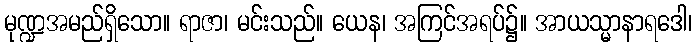
မုဏ္ဍအမည်ရှိသော။ ရာဇာ၊ မင်းသည်။ ယေန၊ အကြင်အရပ်၌။ အာယသ္မာနာရဒေါ၊